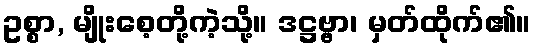
ဥစ္စာ, မျိုးစေ့တို့ကဲ့သို့။ ဒဋ္ဌဗ္ဗာ၊ မှတ်ထိုက်၏။